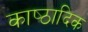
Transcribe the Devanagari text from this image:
काष्‍ठादिक